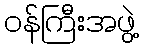
ဝန်ကြီးအဖွဲ့